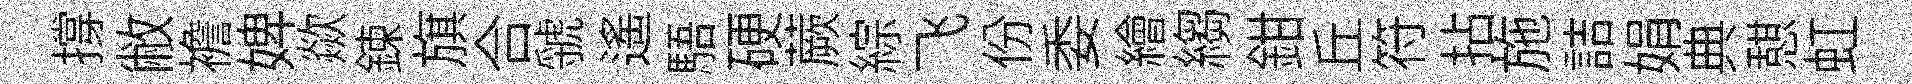
撐敝襜婢歘鍊旗合虢遥䮏硬蕨綜飞份委繪縐鉗丘符拈施詰娟典憇虹